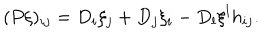
( P \xi ) _ { i j } = D _ { i } \xi _ { j } + D _ { j } \xi _ { i } - D _ { l } \xi ^ { l } h _ { i j } .